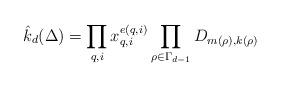
LaTeX: \begin{align*}\hat{k}_d(\Delta) = \prod_{q,i} x_{q,i}^{e(q,i)} \prod_{\rho \in \Gamma_{d-1}}D_{m(\rho),k(\rho)}\end{align*}